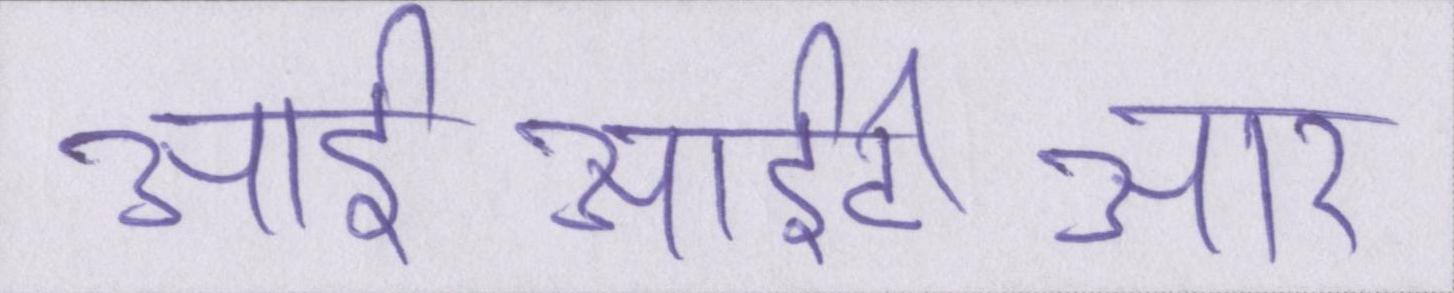
आईआईटीआर